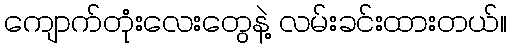
ကျောက်တုံးလေးတွေနဲ့ လမ်းခင်းထားတယ်။